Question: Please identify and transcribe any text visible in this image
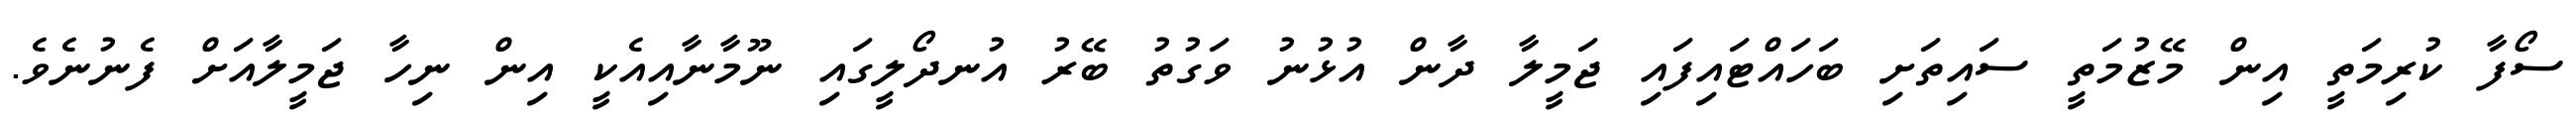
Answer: ސޯފާ ކުރިމަތީ އިން މޭޒުމަތީ ސައިތަށި ބަހައްޓައިފައި ޖަމީލާ ދާން އުޅުނު ވަގުތު ބޭރު އުނދޯލީގައި ނޫމާނާއިއެކީ އިން ނިހާ ޖަމީލާއަށް ފެނުނެވެ.